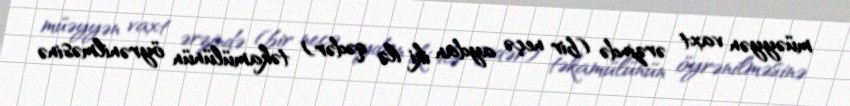
müəyyən vaxt ərzində (bir neçə aydan iki ilə qədər) təkamülünün öyrənilməsinə